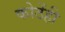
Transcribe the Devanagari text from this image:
कोठेंही